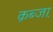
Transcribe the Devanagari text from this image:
क़ब्जा़